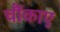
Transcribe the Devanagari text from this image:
चौंकाए